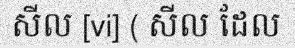
សីល [vi] ( សីល ដែល